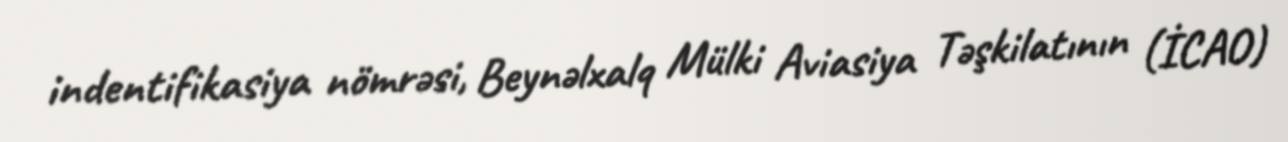
indentifikasiya nömrəsi, Beynəlxalq Mülki Aviasiya Təşkilatının (İCAO)